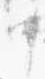
中